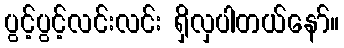
ပွင့်ပွင့်လင်းလင်း ရှိလှပါတယ်နော်။